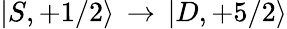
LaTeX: |S,+1/2\rangle\, \rightarrow\, |D,+5/2\rangle